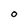
Character: 0